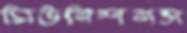
মিউনিশনস